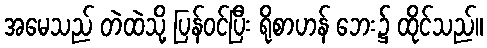
အမေသည် တဲထဲသို့ ပြန်ဝင်ပြီး ရိုစာဟန် ဘေး၌ ထိုင်သည်။